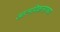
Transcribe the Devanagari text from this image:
आत्मविकासाच्या